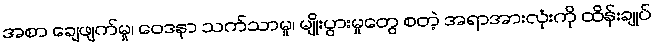
အစာ ချေဖျက်မှု၊ ဝေဒနာ သက်သာမှု၊ မျိုးပွားမှုတွေ စတဲ့ အရာအားလုံးကို ထိန်းချုပ်